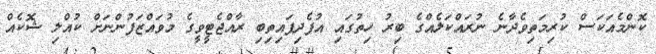
ކޮންމެއަކަސް ކުރިމަތިވެދާނެ ނުރައްކަލެއްގެ ބިރު ހިތުގައި އުފެދިފައިތިބި ރާއްޖެޓީވީގެ މުވައްޒަފުންނަށް ކުއްލި ޝޮކެއް